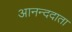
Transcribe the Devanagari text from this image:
आनन्ददाता